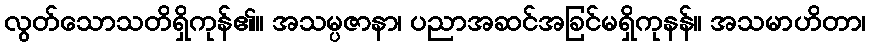
လွတ်သောသတိရှိကုန်၏။ အသမ္ပဇာနာ၊ ပညာအဆင်အခြင်မရှိကုနန်။ အသမာဟိတာ၊